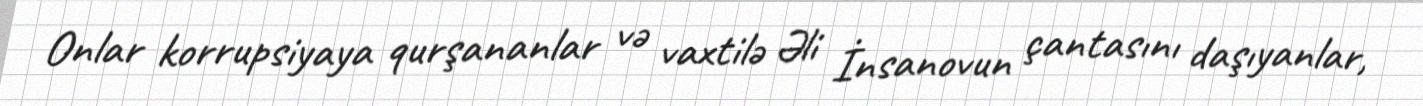
Onlar korrupsiyaya qurşananlar və vaxtilə Əli İnsanovun çantasını daşıyanlar,